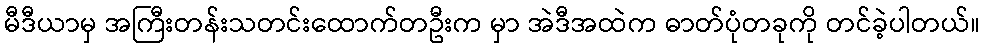
မီဒီယာမှ အကြီးတန်းသတင်းထောက်တဦးက မှာ အဲဒီအထဲက ဓာတ်ပုံတခုကို တင်ခဲ့ပါတယ်။